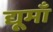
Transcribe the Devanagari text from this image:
द्यूमाँ